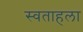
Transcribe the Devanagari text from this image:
स्वताहला